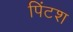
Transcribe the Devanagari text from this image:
पिंटश